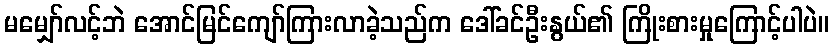
မမျှော်လင့်ဘဲ အောင်မြင်ကျော်ကြားလာခဲ့သည်က ဒေါ်ခင်ဦးနွယ်၏ ကြိုးစားမှုကြောင့်ပါပဲ။